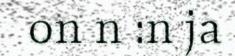
on n :n ja